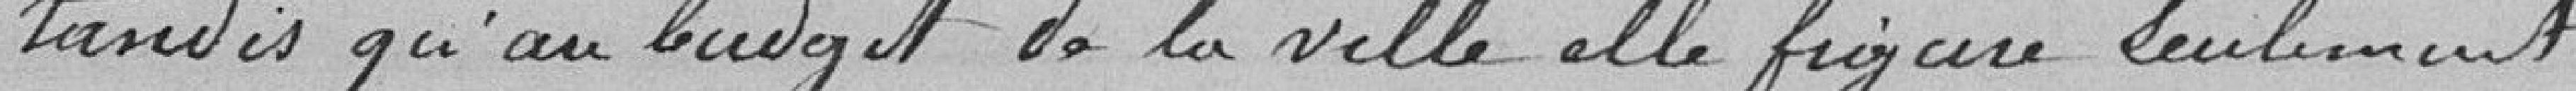
tandis qu'au budget de la ville elle figure seulement